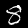
Digit: 8